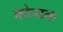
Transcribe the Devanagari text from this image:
कोन्यक